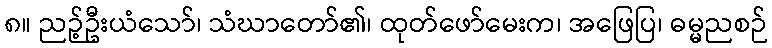
၈။ ညဉ့်ဦးယံသော်၊ သံဃာတော်၏၊ ထုတ်ဖော်မေးက၊ အဖြေပြ၊ ဓမ္မညစဉ်